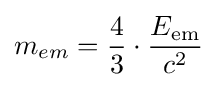
m_{em}={\frac {4}{3}}\cdot {\frac {E_{\rm {em}}}{c^{2}}}